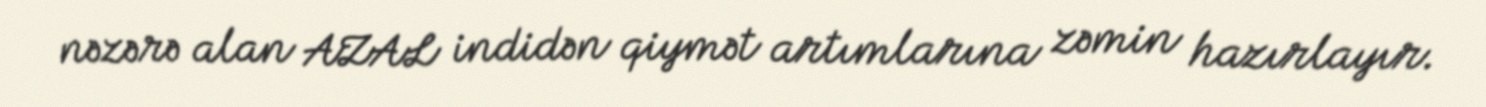
nəzərə alan AZAL indidən qiymət artımlarına zəmin hazırlayır.